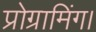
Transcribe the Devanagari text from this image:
प्रोग्रामिंग।